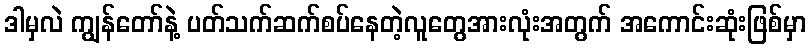
ဒါမှလဲ ကျွန်တော်နဲ့ ပတ်သက်ဆက်စပ်နေတဲ့လူတွေအားလုံးအတွက် အကောင်းဆုံးဖြစ်မှာ